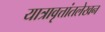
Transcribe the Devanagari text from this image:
यात्रावृत्तांतलेखन